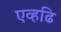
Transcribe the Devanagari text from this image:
एव्हढि